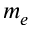
m _ { e }